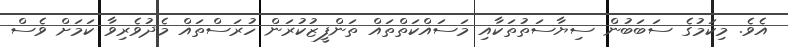
އެވެ. މިކަމުގެ ސަބަބުން ސިޔާސަތުތަކާއި މަސައްކަތްތައް ތަންފީޒުކުރަން ހުރަސްތައް މެދުވެރިވާ ކަމަށް ވެސް